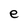
Character: e